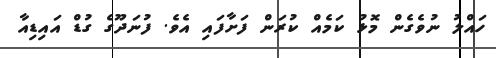
ހައްލު ނުވެގެން މޮޅު ކަމެއް ކުރަން ފަށާފައި އެވެ. ފުނަދޫގެ ގުޑް އައިޑިއާ